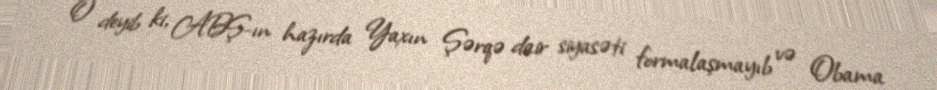
O deyib ki, ABŞ-ın hazırda Yaxın Şərqə dair siyasəti formalaşmayıb və Obama